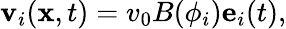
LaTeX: \mathbf{v}_{i}(\mathbf{x},t)=v_{0}B(\phi_{i})\mathbf{e}_{i}(t),